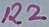
Text: R2